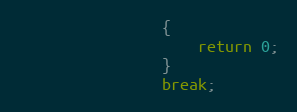
Language: C
				{
					return 0;
				}
				break;